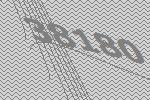
38180